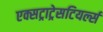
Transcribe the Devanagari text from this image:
एक्सट्राट्रेसटियर्ल्स